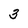
Character: 3